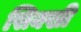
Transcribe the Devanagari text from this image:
सिक्खी